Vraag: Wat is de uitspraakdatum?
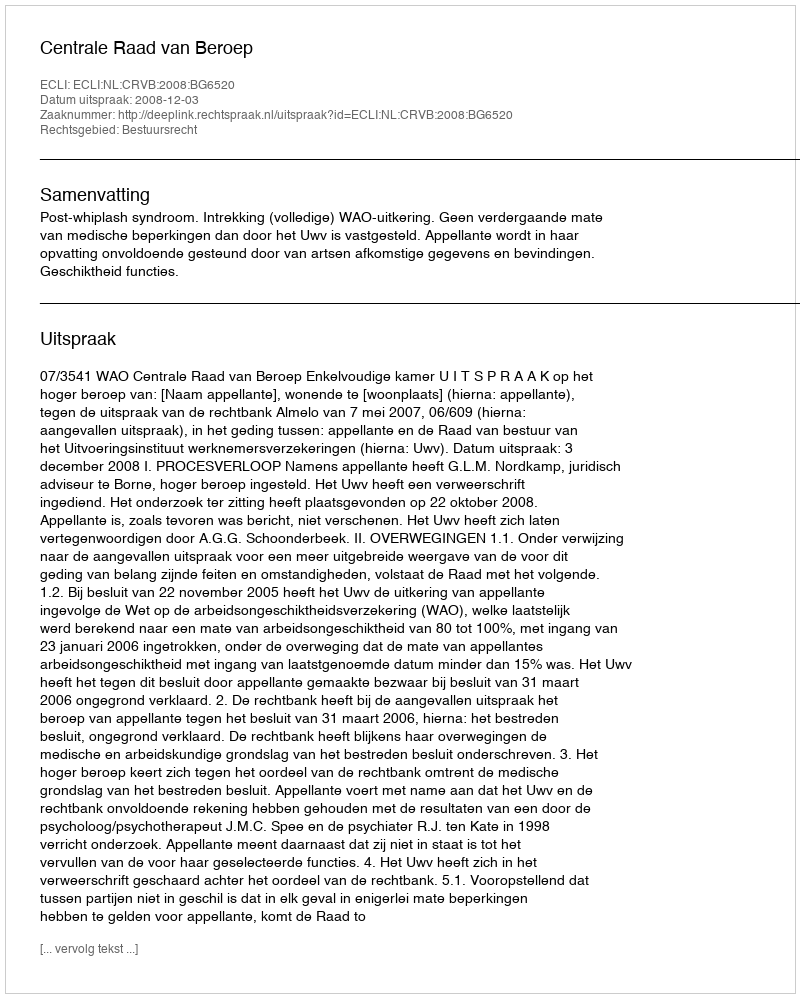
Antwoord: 2008-12-03